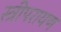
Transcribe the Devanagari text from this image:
स्त्रीपरायण